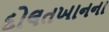
દોલતખાનના